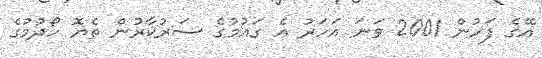
އޭގެ ފަހުން 2001 ވަނަ އަހަރު އެ ގައުމުގެ ސަރުކާރުން ތެޔޮ ހޯދުމުގެ